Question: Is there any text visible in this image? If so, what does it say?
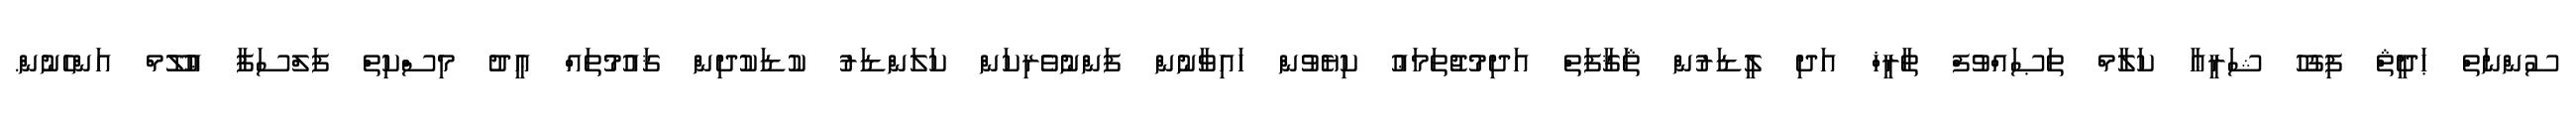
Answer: ސުންނަތް ޙަދީޘް ފިޤުހު ޝަރީޢާ ކަލާމް ތަޞައްވުފް ތާރީޚް އަދި ލީޑަރުން ޘަޤާފަތް އަދިމުޖުތަމަޢު ކިޔެވުން ހައިވާނުން ފަންނުވެރިކަން ކަލަންޑަރު ކުޑަކުދިން ޤައުމުތައް ޢީދު މިސްކިތް ފަލްސަފާ ޢުލޫމް އަންހެނުން.